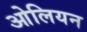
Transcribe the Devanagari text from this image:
ओलियन